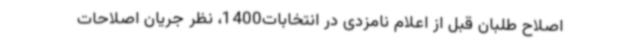
اصلاح طلبان قبل از اعلام نامزدی در انتخابات1400، نظر جریان اصلاحات